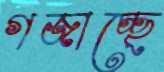
গজাচ্ছে